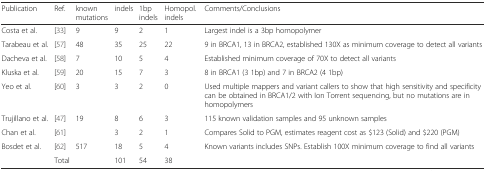
| Publication | Ref. | known mutations | indels | 1bp indels | Homopol. indels | Comments/Conclusions |
 | --- | --- | --- | --- | --- | --- | --- |
 | Costa et al. | [33] | 9 | 9 | 2 | 1 | Largest indel is a 3bp homopolymer |
 | Tarabeau et al. | [57] | 48 | 35 | 25 | 22 | 9 in BRCA1, 13 in BRCA2, established 130X as minimum coverage to detect all variants |
 | Dacheva et al. | [58] | 7 | 10 | 5 | 4 | Established minimum coverage of 70X to detect all variants |
 | Kluska et al. | [59] | 20 | 15 | 7 | 3 | 8 in BRCA1 (3 1bp) and 7 in BRCA2 (4 1bp) |
 | Yeo et al. | [60] | 3 | 3 | 2 | 0 | Used multiple mappers and variant callers to show that high sensitivity and specificity can be obtained in BRCA1/2 with Ion Torrent sequencing, but no mutations are in homopolymers |
 | Trujillano et al. | [47] | 19 | 8 | 6 | 3 | 115 known validation samples and 95 unknown samples |
 | Chan et al. | <COLSPAN=2> [61] | 3 | 2 | 1 | Compares Solid to PGM, estimates reagent cost as $123 (Solid) and $220 (PGM) |
 | Bosdet et al. | [62] | 517 | 18 | 5 | 4 | Known variants includes SNPs. Establish 100X minimum coverage to find all variants |
 |  | Total |  | 101 | 54 | 38 |  |